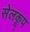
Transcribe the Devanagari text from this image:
सेलकूप